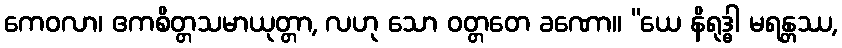
ကေဝလာ၊ ဧကစိတ္တသမာယုတ္တာ, လဟု သော ဝတ္တတေ ခဏော။ “ယေ နိရုဒ္ဓါ မရန္တဿ,